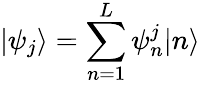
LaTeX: |\psi_{j}\rangle=\sum_{n=1}^{L}\psi_{n}^{j}|n\rangle